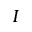
I